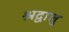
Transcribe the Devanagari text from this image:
श्रद्वालु